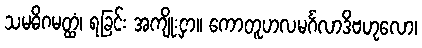
သမဓိဂမတ္ထံ၊ ရခြင်း အကျိုးငှာ။ ကောတူဟလမင်္ဂလာဒိဗဟုလော၊